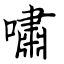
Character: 嘯